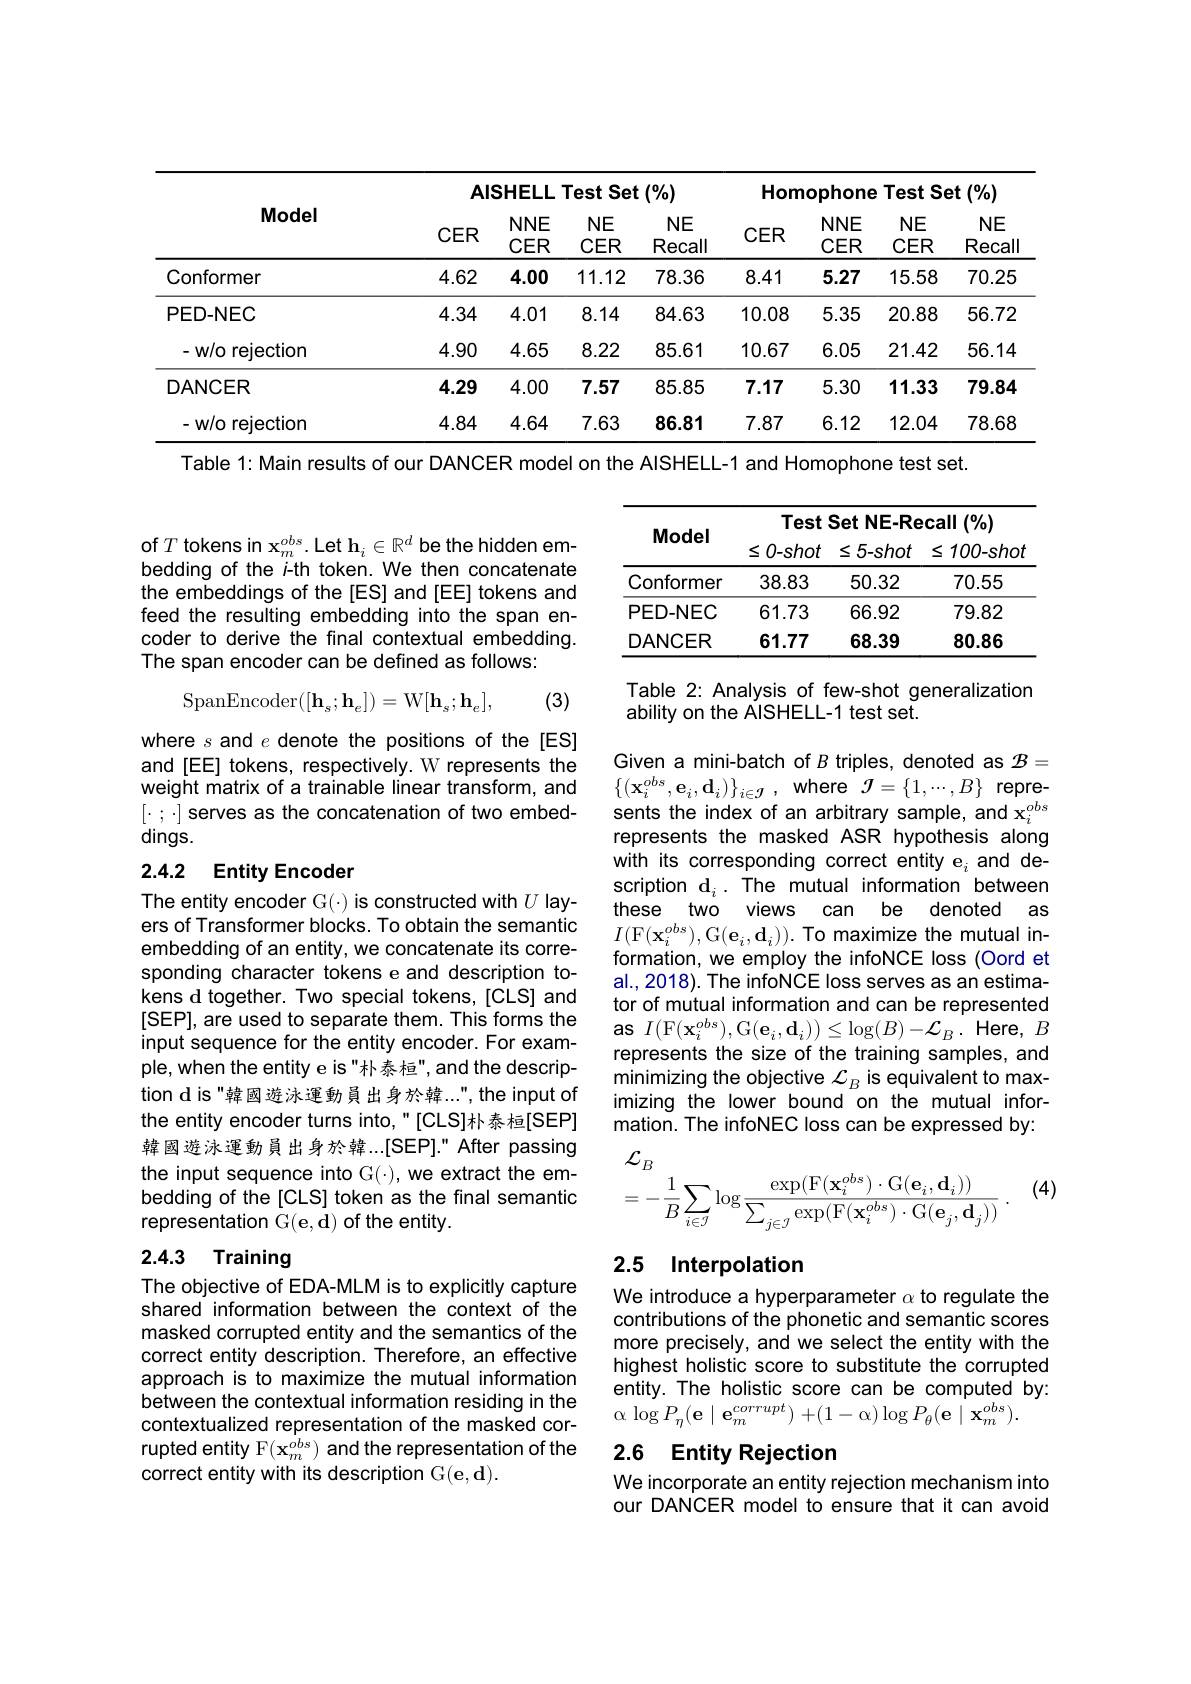
<table>
	<tbody>
		<tr>
			<th rowspan="2">Model</th>
			<th colspan="4">AISHELL Test Set (%)</th>
			<th colspan="4">Homophone Test Set (%)</th>
		</tr>
		<tr>
			<th>CER</th>
			<th>$NNE$ CER</th>
			<th>NE CER</th>
			<th>NE Recall</th>
			<th>CER</th>
			<th>$NNE$ CER</th>
			<th>NE CER</th>
			<th>NE Recal</th>
		</tr>
		<tr>
			<td>Conformer</td>
			<td>4.62</td>
			<td>4.00</td>
			<td>11.12</td>
			<td>78.36</td>
			<td>8.41</td>
			<td>5.27</td>
			<td>15.58</td>
			<td>70.25</td>
		</tr>
		<tr>
			<td>PED-NEC</td>
			<td>4.34</td>
			<td>4.01</td>
			<td>8.14</td>
			<td>84.63</td>
			<td>10.08</td>
			<td>5.35</td>
			<td>20.88</td>
			<td>56.72</td>
		</tr>
		<tr>
			<td>-w/o rejection</td>
			<td>4.90</td>
			<td>4.65</td>
			<td>8.22</td>
			<td>85.61</td>
			<td>10.67</td>
			<td>6.05</td>
			<td>21.42</td>
			<td>56.14</td>
		</tr>
		<tr>
			<td>DANCER</td>
			<td>4.29</td>
			<td>4.00</td>
			<td>7.57</td>
			<td>85.85</td>
			<td>7.17</td>
			<td>5.30</td>
			<td>11.33</td>
			<td>79.84</td>
		</tr>
		<tr>
			<td>-w/o reiection</td>
			<td>4.84</td>
			<td>4.64</td>
			<td>7.63</td>
			<td>86.81</td>
			<td>7.87</td>
			<td>6.12</td>
			<td>12.04</td>
			<td>78.68</td>
		</tr>
	</tbody>
</table>

Table 1: Main results of our DANCER model on the AISHELL-1 and Homophone test set.

of$T$ tokens in $\mathbf{x}_m^{obs}.$Let h$_i\in\mathbb{R}^d$ be the hidden embedding of the i-th token. We then concatenate the embeddings of the[ES] and[EE] tokens and feed the resulting embedding into the span encoder to derive the final contextual embedding. The span encoder can be defined as follows:
$$\mathrm{SpanEncoder}([\mathbf{h}_{s};\mathbf{h}_{e}])=\mathrm{W}[\mathbf{h}_{s};\mathbf{h}_{e}],$$
(3)

where $s$ and $e$ denote the positions of the[ES] and[EE] tokens, respectively. W represents the weight matrix of a trainable linear transform, and $[\cdot;\cdot]$ serves as the concatenation of two embeddings.

## 2.4.2 Entity Encoder

The entity encoder G(-) is constructed with $U$ layers of Transformer blocks. To obtain the semantic embedding of an entity, we concatenate its corresponding character tokens e and description tokens d together. Two special tokens, [CLS] and [SEP], are used to separate them. This forms the input sequence for the entity encoder. For example, when the entity e is"朴泰桓", and the description d is"韓國遊泳運動員出身於韓...",the input of the entity encoder turns into,"[CLS]朴泰桓[SEP] 韓國遊泳運動員出身於韓...[SEP]." After passing the input sequence into G(·), we extract the embedding of the[CLS] token as the final semantic representation $\bar{\mathrm{G} } ( \mathbf{e} , \dot{\mathbf{d} } )$ of the entity.

## 2.4.3 Training

The objective of EDA-MLM is to explicitly capture shared information between the context of the masked corrupted entity and the semantics of the correct entity description. Therefore, an effective approach is to maximize the mutual information between the contextual information residing in the contextualized representation of the masked corrupted entity F$(\mathbf{x}_m^{obs})$ and the representation of the correct entity with its description G(e,d).

<table>
	<tbody>
		<tr>
			<th> </th>
			<th colspan="3">Test Set NE-Recall (%)</th>
		</tr>
		<tr>
			<td>Conformer</td>
			<td>38.83</td>
			<td>50.32</td>
			<td>70.55</td>
		</tr>
		<tr>
			<td>PED-NEC</td>
			<td>61.73</td>
			<td>66.92</td>
			<td>79.82</td>
		</tr>
		<tr>
			<td>DANCER</td>
			<td>61.77</td>
			<td>68.39</td>
			<td>80.86</td>
		</tr>
	</tbody>
</table>

Table 2: Analysis of few-shot generalization
ability on the AISHELL-1 test set.

Given a mini-batch of $B$ triples, denoted as $\mathcal{B}=$ $\{(\mathbf{x}_{i}^{obs},\mathbf{e}_{i},\mathbf{d}_{i})\}_{i\in\mathcal{J}}$,where$\mathcal{J}=\{1,\cdots,B\}$represents the index of an arbitrary sample, and $\mathbf{x}_i^{obs}$ represents the masked ASR hypothesis along with its corresponding correct entity e_i and description $\mathbf{d}_i.$ The mutual information between these two views can be denoted as $I($F$(\mathbf{x}_i^{obs})$,G$(\mathbf{e}_i,\mathbf{d}_i)).$To maximize the mutual information, we employ the infoNCE loss (Oord et al., 2018). The infoNCE loss serves as an estimator of mutual information and can be represented as $I($F$(\mathbf{x}_i^obs)$,G$(\mathbf{e}_i,\mathbf{d}_i))\leq\log(B)-\mathcal{L}_B.$ Here, $B$ represents the size of the training samples, and minimizing the objective $\mathcal{L}_B$ is equivalent to maximizing the lower bound on the mutual information. The infoNEC loss can be expressed by:
$$\begin{array}{l}\mathcal{L}_B\\=-\frac{1}{B}\sum_{i\in\mathcal{J}}\log\frac{\exp(\mathrm{F}(\mathbf{x}_i^{obs})\cdot\mathrm{G}(\mathbf{e}_i,\mathbf{d}_i))}{\sum_{j\in\mathcal{J}}\exp(\mathrm{F}(\mathbf{x}_i^{obs})\cdot\mathrm{G}(\mathbf{e}_j,\mathbf{d}_j))}\:.\end{array}$$
(4)

## 2.5 Interpolation

We introduce a hyperparameter $\alpha$ to regulate the contributions of the phonetic and semantic scores more precisely, and we select the entity with the highest holistic score to substitute the corrupted entity. The holistic score can be computed by: $\alpha\log P_{\eta}(\mathbf{e}\mid\mathbf{e}_{m}^{corrupt})+(1-\alpha)\log P_{\theta}(\mathbf{e}\mid\mathbf{x}_{m}^{obs}).$

## 2.6 Entity Rejection

We incorporate an entity rejection mechanism into our DANCER model to ensure that it can avoid